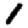
Digit: 1